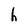
Character: h